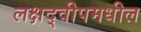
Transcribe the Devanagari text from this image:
लक्षद्वीपमधील